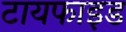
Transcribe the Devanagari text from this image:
टायफाइड